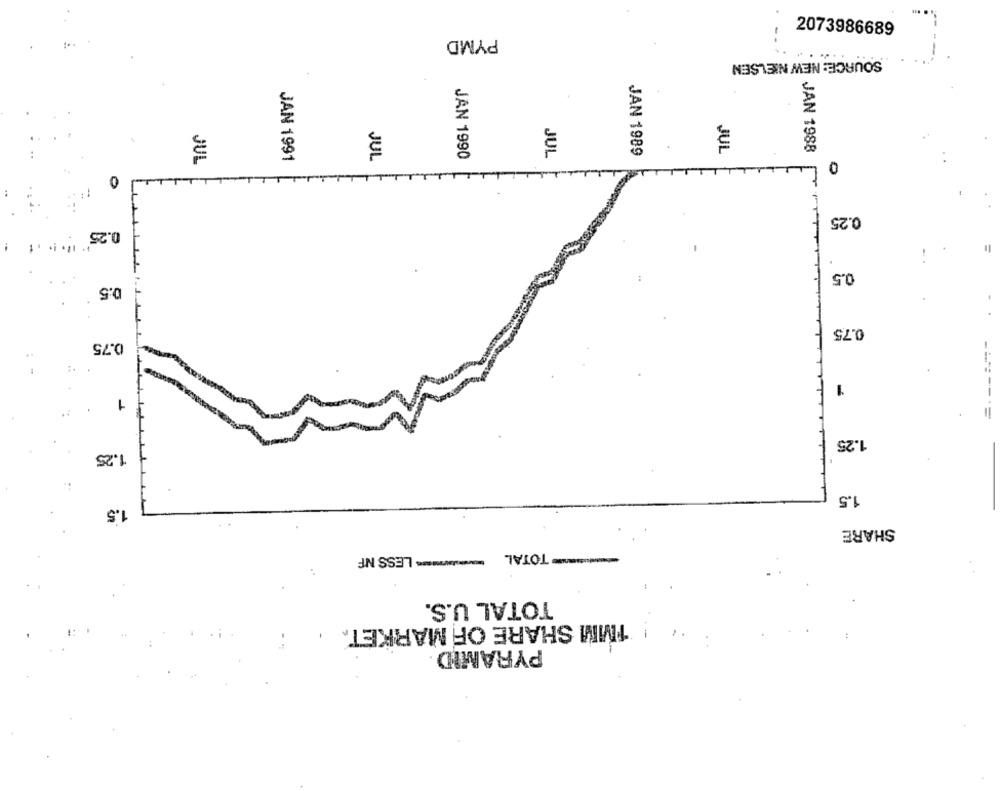
2073986689
PYMD
SOURCE: NEW NIELSEN
JUL
JAN 1988
JUL
JAN 1990
JUL
JAN 1989
JUL
JAN 1991
0
0.25
0.25
0.5
0.5
0.75
0.75
1
1
1.25
1.25
1.5
1.5
SHARE
un TOTAL
****** LESS NF
TOTAL U.S.
! 1MM SHARE OF MARKET ..
PYRAMID